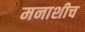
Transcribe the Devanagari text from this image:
मनाशीच